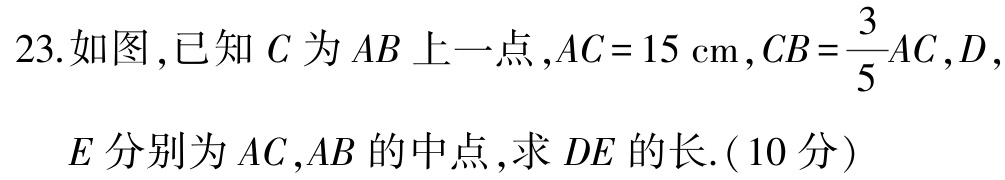
23.如图,已知 \(C\) 为 \(AB\) 上一点,\(AC = 15\mathrm{cm}\),\(CB=\frac{3}{5}AC\),\(D\),

\(E\) 分别为 \(AC\),\(AB\) 的中点,求 \(DE\) 的长.( \(10\) 分)